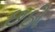
છઠી